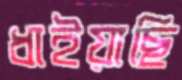
ধাইয়াছি